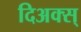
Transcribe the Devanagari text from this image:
दिअक्स्